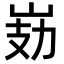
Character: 𭖗